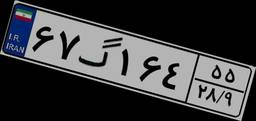
۶۷گ۱۶۴۵۵